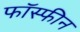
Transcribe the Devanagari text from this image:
फॉस्फीन